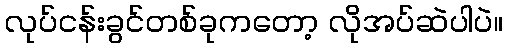
လုပ်ငန်းခွင်တစ်ခုကတော့ လိုအပ်ဆဲပါပဲ။